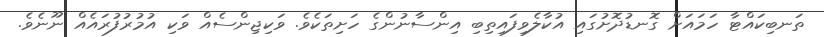
ތަނބިކައްޓާ ހަމައަށް ގޮނޑުދޮށުގައި އުކާލެވިފައިތިބި އިންސާނުންގެ ހަށިތަކެވެ. ވަކިޖިންސެއް ވަކި އުމުރުފުރައެއް ނޫނެވެ.